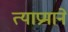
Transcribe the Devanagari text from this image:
त्याप्रमाने